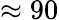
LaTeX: \approx 90